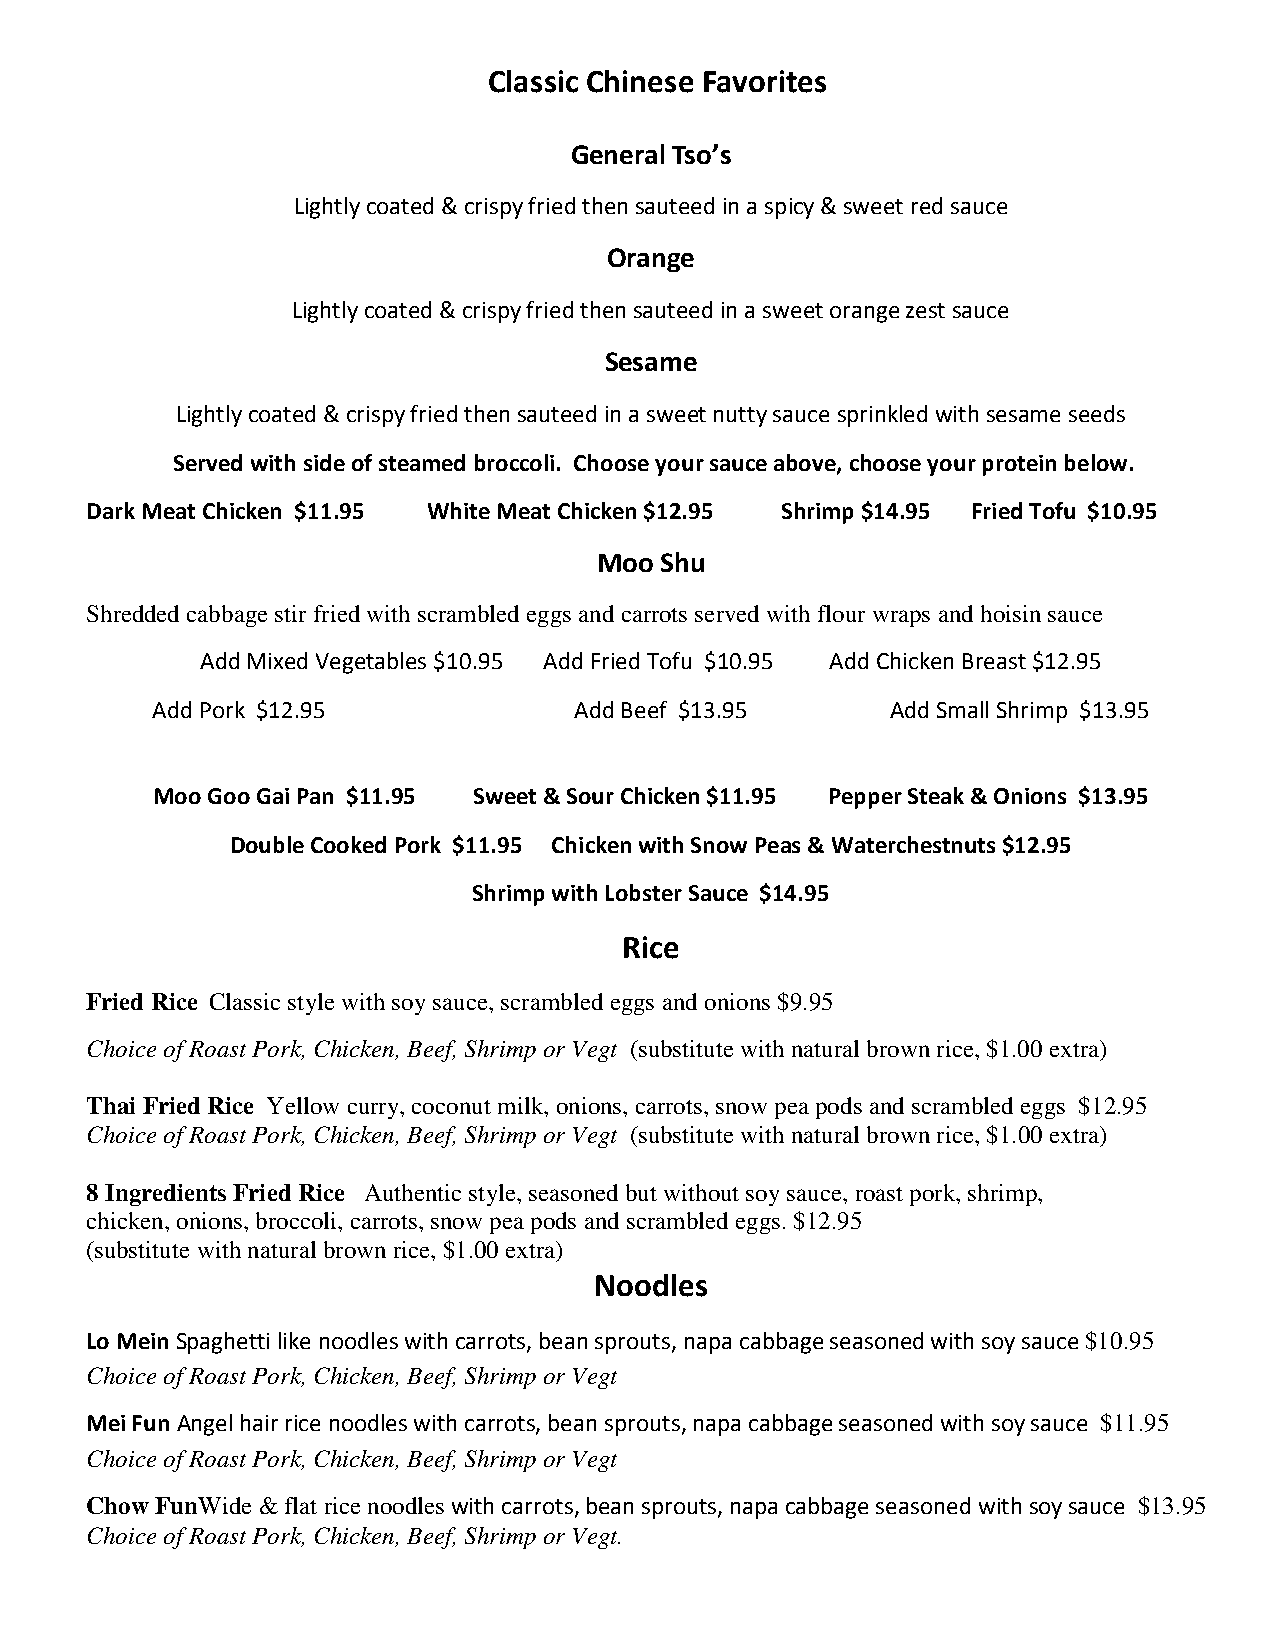
Classic Chinese Favorites
 General Tso’s
 Lightly coated & crispy fried then sauteed in a spicy & sweet red sauce
 Orange
 Lightly coated & crispy fried then sauteed in a sweet orange zest sauce
 Sesame
 Lightly coated & crispy fried then sauteed in a sweet nutty sauce sprinkled with sesame seeds
 Served with side of steamed broccoli. Choose your sauce above, choose your protein below.
 Dark Meat Chicken $11.95 White Meat Chicken $12.95 Shrimp $14.95 Fried Tofu $10.95
 Moo Shu
 Shredded cabbage stir fried with scrambled eggs and carrots served with flour wraps and hoisin sauce
 Add Mixed Vegetables $10.95 Add Fried Tofu $10.95 Add Chicken Breast $12.95
 Add Pork $12.95             Add Beef $13.95      Add Small Shrimp $13.95
 Moo Goo Gai Pan $11.95 Sweet & Sour Chicken $11.95 Pepper Steak & Onions $13.95
 Double Cooked Pork $11.95 Chicken with Snow Peas & Waterchestnuts $12.95
 Shrimp with Lobster Sauce $14.95
 Rice
 Fried Rice Classic style with soy sauce, scrambled eggs and onions $9.95
 Choice of Roast Pork, Chicken, Beef, Shrimp or Vegt (substitute with natural brown rice, $1.00 extra)
 Thai Fried Rice Yellow curry, coconut milk, onions, carrots, snow pea pods and scrambled eggs $12.95
 Choice of Roast Pork, Chicken, Beef, Shrimp or Vegt (substitute with natural brown rice, $1.00 extra)
 8 Ingredients Fried Rice Authentic style, seasoned but without soy sauce, roast pork, shrimp,
 chicken, onions, broccoli, carrots, snow pea pods and scrambled eggs. $12.95
 (substitute with natural brown rice, $1.00 extra)
 Noodles
 Lo Mein Spaghetti like noodles with carrots, bean sprouts, napa cabbage seasoned with soy sauce $10.95
 Choice of Roast Pork, Chicken, Beef, Shrimp or Vegt
 Mei Fun Angel hair rice noodles with carrots, bean sprouts, napa cabbage seasoned with soy sauce $11.95
 Choice of Roast Pork, Chicken, Beef, Shrimp or Vegt
 Chow FunWide & flat rice noodles with carrots, bean sprouts, napa cabbage seasoned with soy sauce $13.95
 Choice of Roast Pork, Chicken, Beef, Shrimp or Vegt.